65_HS1-834228961_62-HQ-83894_Section_10
Agency: FBI
Page 173
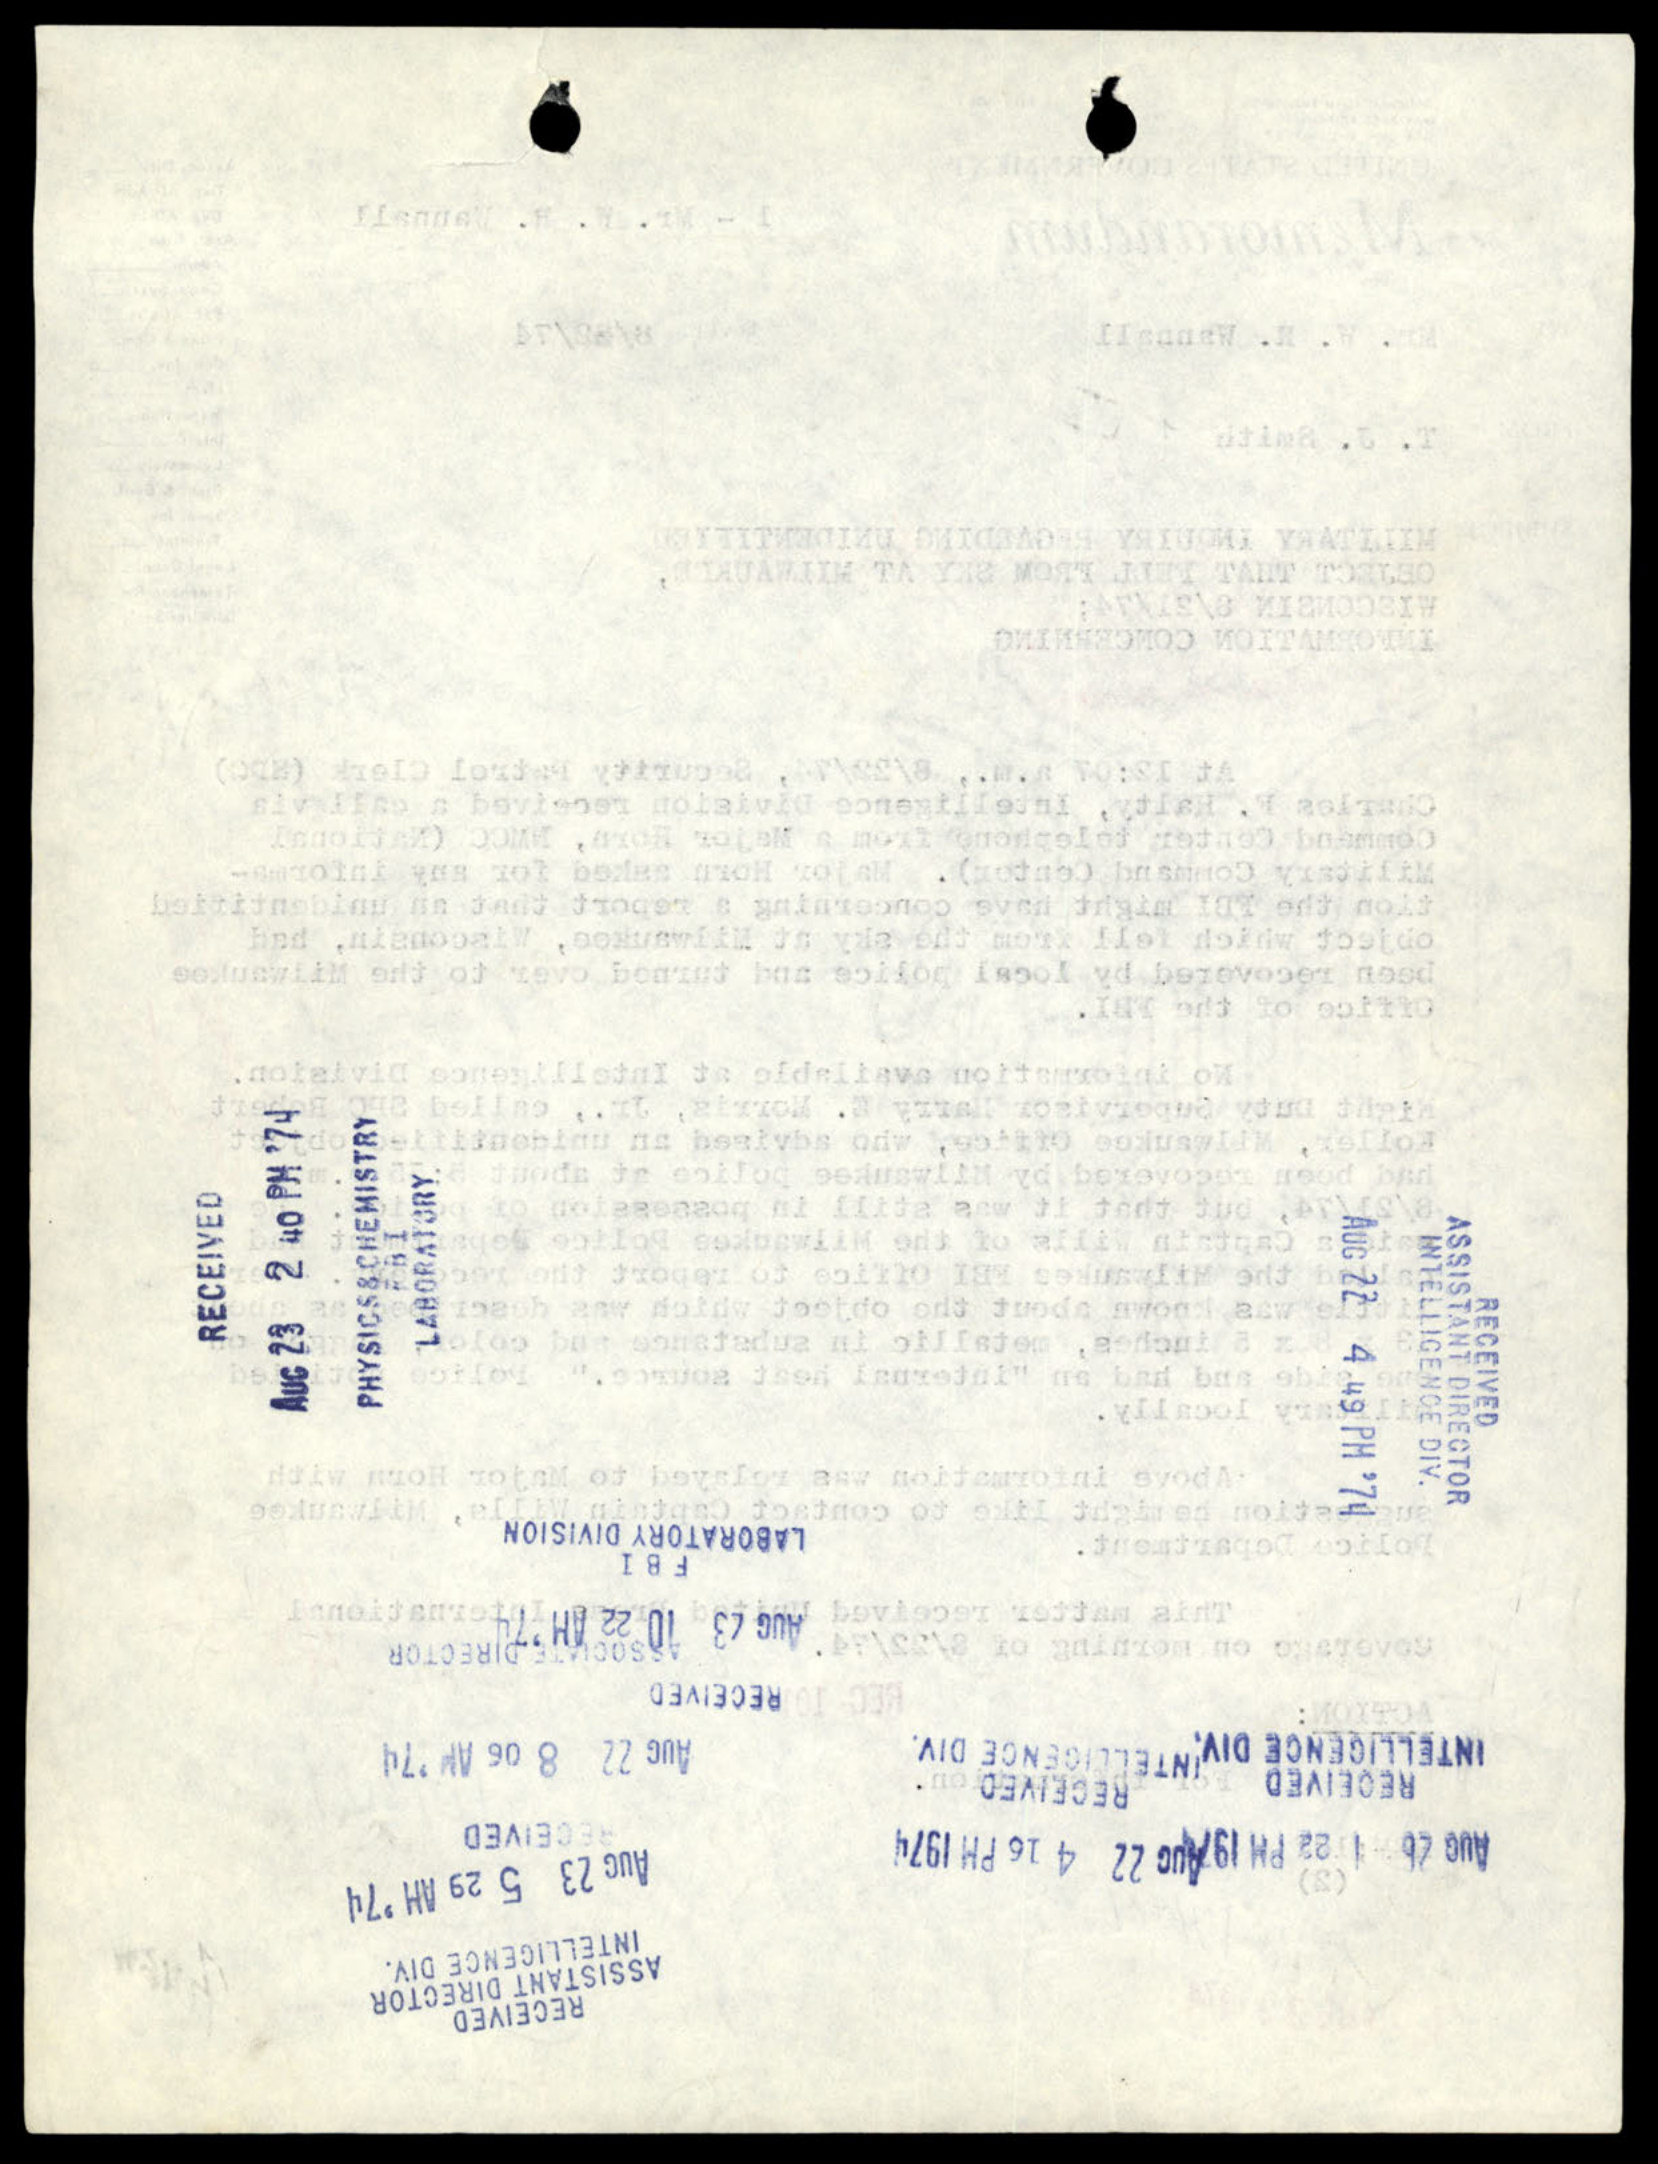